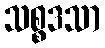
သစ္စဒသာ